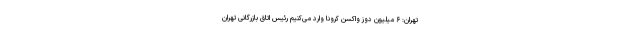
تهران: ۶ میلیون دوز واکسن کرونا وارد می‌کنیم رئیس اتاق بازرگانی تهران